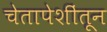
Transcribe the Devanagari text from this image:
चेतापेशींतून